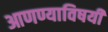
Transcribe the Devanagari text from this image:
आणण्याविषयी